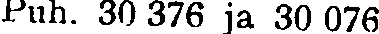
Puh. 30 376 ja 30 076